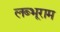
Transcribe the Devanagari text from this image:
लब्भूराम